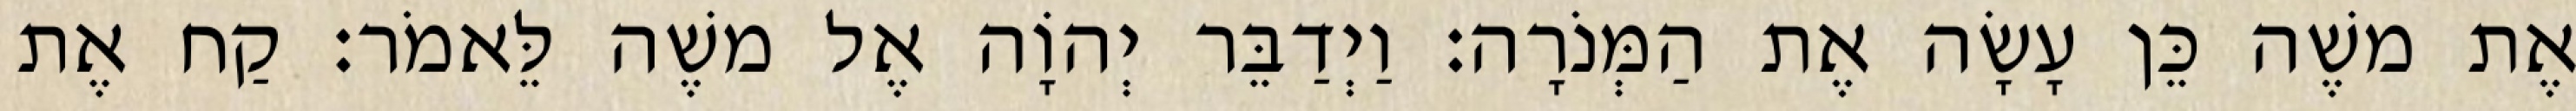
אֶת משֶׁה כֵּן עָשָׂה אֶת הַמְּנֹרָה׃ וַיְדַבֵּר יְהוָֹה אֶל משֶׁה לֵּאמֹר׃ קַח אֶת